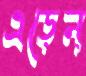
এড়েন্